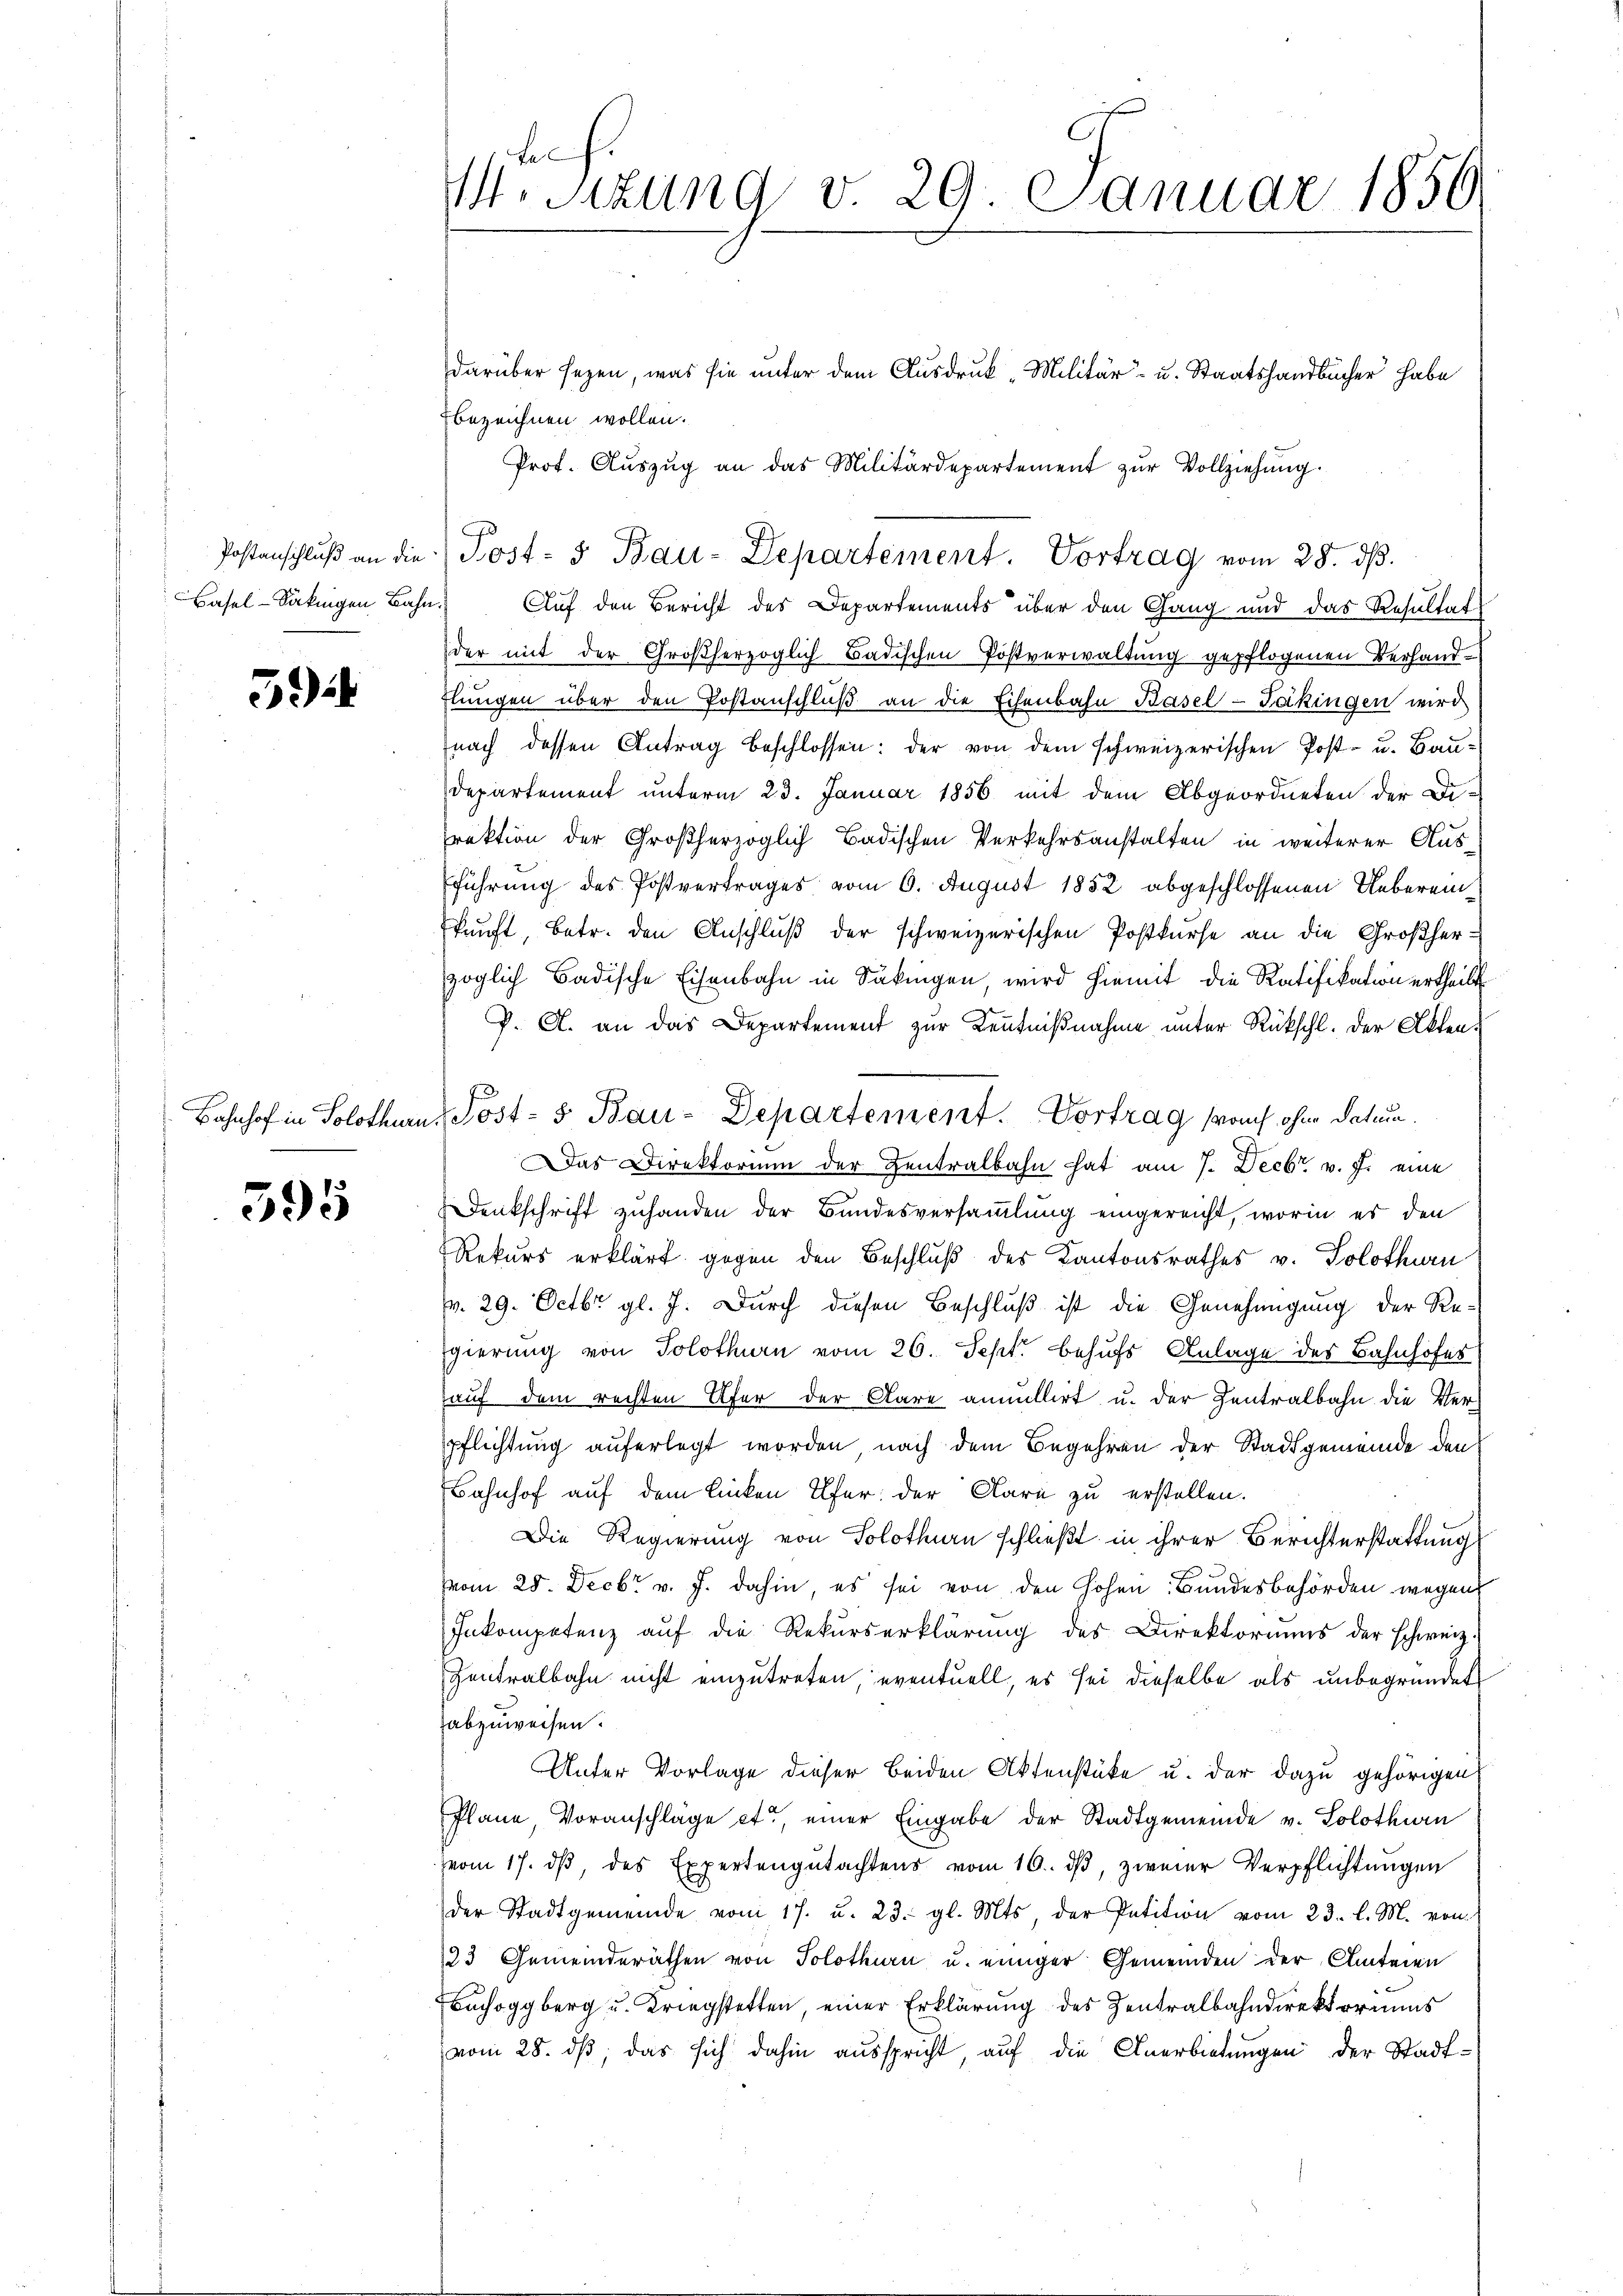
5

395

M. Sitzung v. 29. Januar 1850.

darüber sezen, was sie unter dem Ausdruck "Militär- u. Staatshandbücher habe
bezeichnen wollen.
Prof. Aŭszŭg an das Militärdepartement zŭr Vollziehung.
Basel-Säkingen Bahn. Auf den Bericht des Departements über den Gang und das Resultat
der mit der Großherzoglich Badischen Postverwaltung gepflogenen Verhandflungen über den Postanschluß an die Eisenbahn Basel-Fäkingen wird
nach dessen Antrag beschlossen: der von dem schweizerischen Post- u. Bau¬
Departement unterm 23. Januar 1856 mit dem Abgeordneten der Di-
rektion der Großherzoglich Badischen Verkehrsanstalten in weiterer Ausführung des Postvertrages vom 6. August 1852 abgeschlossenen Uebereinkunft, betr. den Anschlŭβ der schweizerischen Postkurse an die Großherzöglich Badische Eisenbahn in Säkingen, wird hiemit die Ratifikation ertheilt.
P. A. an das Departement zur Kenntnißnahme unter Rückschl. der Akten¬
Bahnhof in Solothurn. Post- & Bau-Departement. Vortrag auf ohne Datum.
Das Direktorium der Zentralbahn hat am 7. Decbr. v. J. eine
Denkschrift zuhanden der Bundesversammlung eingereicht, worin er den
Rekurs erklärt gegen den Beschluß des Kantonsrathes v. Solothurn
pr. 29. Octbr. gl. J. Durch diesen Beschluß ist die Genehmigung der Regierung von Solothurn vom 26. Sept. behufs Anlage des Bahnhofes
auf dem rechten Ufer der Aare annullirt u. der Zentralbahn die Verpflichtung auferlegt worden nach dem Begehren der Stadtgemeinde den
Bahnhof auf dem linken Ufer der Klare zu erstellen.
Die Regierung von Solothurn schließt in ihrer Berichterstattung
Vom 25. Decbr v. J. dahin, es sei von den Hohen Bundesbehörden wegens
Inkompetenz aŭf die Rekŭrserklärŭng des Direktoriums der schweiz.
Zentralbahn nicht einzutreten eventuell, es sei dieselbe als unbegründet
abzuweisen.
Unter Vorlage dieser beiden Aktenstüke u. der dazu gehörigen
Plane Voranschläge et, einer Eingabe der Stadtgemeinde v. Solothwen
vom 17. dβ, des Expertengutachtens vom 16. dβ, zweier Verpflichtungen
der Stadtgemeinde vom 17. u. 23. gl. Mts, der Petition vom 23. l. M. von
23 Gemeinderäthen von Solothurn u. einiger Gemeinden der Clateien
Bachoggberg u. Kriegstatten, einer Erklärung des Zentralbahndirektoriums
vom 28. ds, das sich dahin ausspricht, auf die Anerbietungen der Stadt¬

Postenschlŭβ an die Post- & Bau-Departement. Vortrag vom 28. dβ.